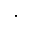
\cdot